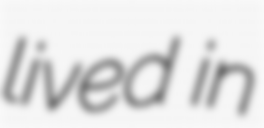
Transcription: lived in